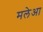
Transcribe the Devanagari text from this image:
मलेआ